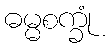
ဓမ္မစက္ခုံ